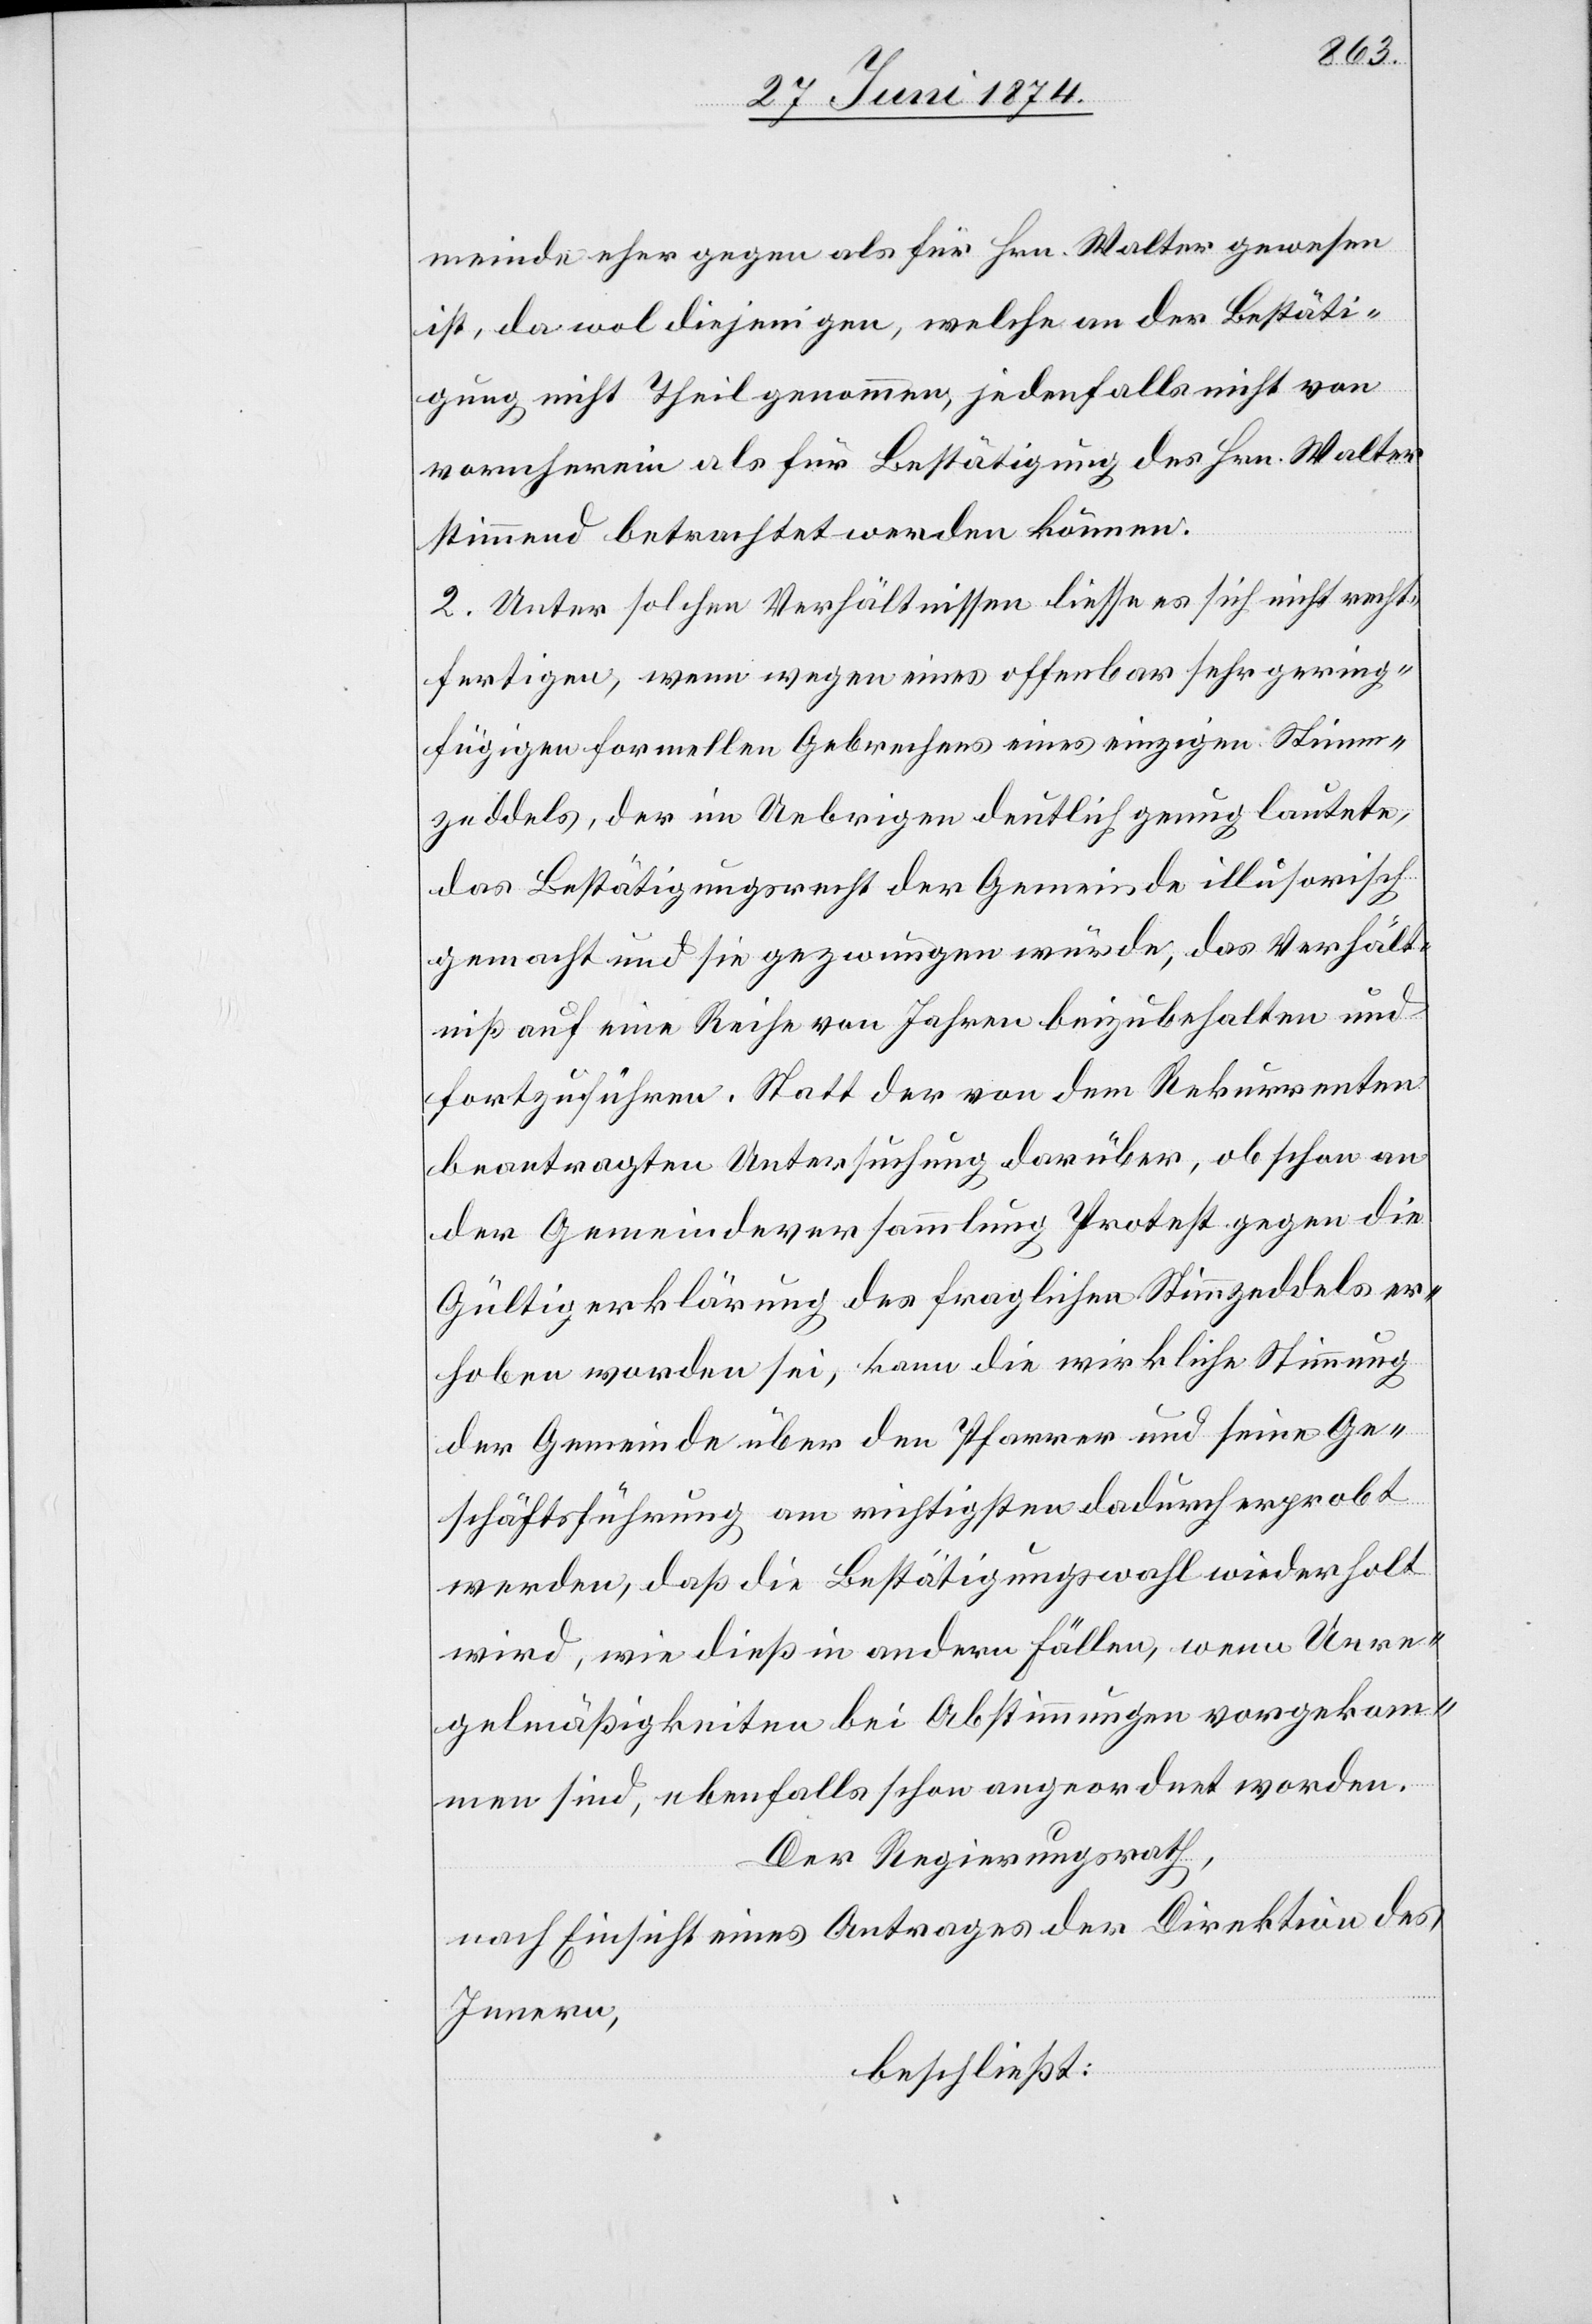
meinde eher gegen als für Hrn. Walter gewesen
ist, da wol diejenigen, welche an der Bestäti¬
gung nicht Theil genommen, jedenfalls nicht von
vornherein als für Bestätigung des Hrn. Walter
stimmend betrachtet werden können.
2. Unter solchen Verhältnissen liesse es sich nicht recht¬
fertigen, wenn wegen eines offenbar sehr gering¬
fügigen formellen Gebrauches eines einzigen Stimm¬
zeddels, der im Uebrigen deutlich genug lautete,
das Bestätigungsrecht der Gemeinde illusorisch
gemacht und sie gezwungen würde, das Verhält¬
niß auf eine Reihe von Jahren beizubehalten und
fortzuführen. Statt der von dem Rekurrenten
beantragten Untersuchung darüber, ob schon an
der Gemeindeversammlung Protest gegen die
Gültigerklärung des fraglichen Stimmzeddels er¬
hoben worden sei, kann die wirkliche Stimmung
der Gemeinde über den Pfarrer und seine Ge¬
schäftsführung am richtigsten dadurch erprobt
werden, daß die Bestätigungswahl wiederholt
wird, wie dieß in andern Fällen, wenn Unre¬
gelmäßigkeiten bei Abstimmungen vorgekom¬
men sind, ebenfalls schon angeordnet worden.
Der Regierungsrath,
nach Einsicht eines Antrages der Direktion des
Innern,
beschließt: